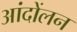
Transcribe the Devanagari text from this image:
आंदोंलन